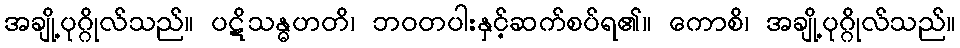
အချို့ပုဂ္ဂိုလ်သည်။ ပဋိသန္ဓဟတိ၊ ဘဝတပါးနှင့်ဆက်စပ်ရ၏။ ကောစိ၊ အချို့ပုဂ္ဂိုလ်သည်။